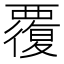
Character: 覆